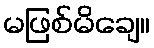
မဖြစ်မိချေ။